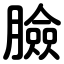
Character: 臉